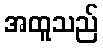
အထူသည်